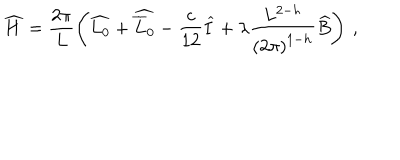
\widehat { H } = \displaystyle \frac { 2 \pi } { L } \left( \widehat { L _ { 0 } } + \widehat { \overline { { { L } } } _ { 0 } } - \displaystyle \frac { c } { 1 2 } \widehat { I } + \lambda \displaystyle \frac { L ^ { 2 - h } } { \left( 2 \pi \right) ^ { 1 - h } } \widehat { B } \right) \: ,